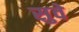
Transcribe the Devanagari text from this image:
सुवे